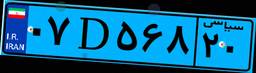
۰۷D۵۶۸۲۰